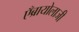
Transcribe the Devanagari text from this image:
एँब्रायोलाजी